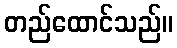
တည်ထောင်သည်။